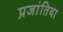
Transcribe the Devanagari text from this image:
प्रजांतिया